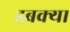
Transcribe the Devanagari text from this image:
डबक्या